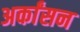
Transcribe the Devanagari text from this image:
अर्कांसन